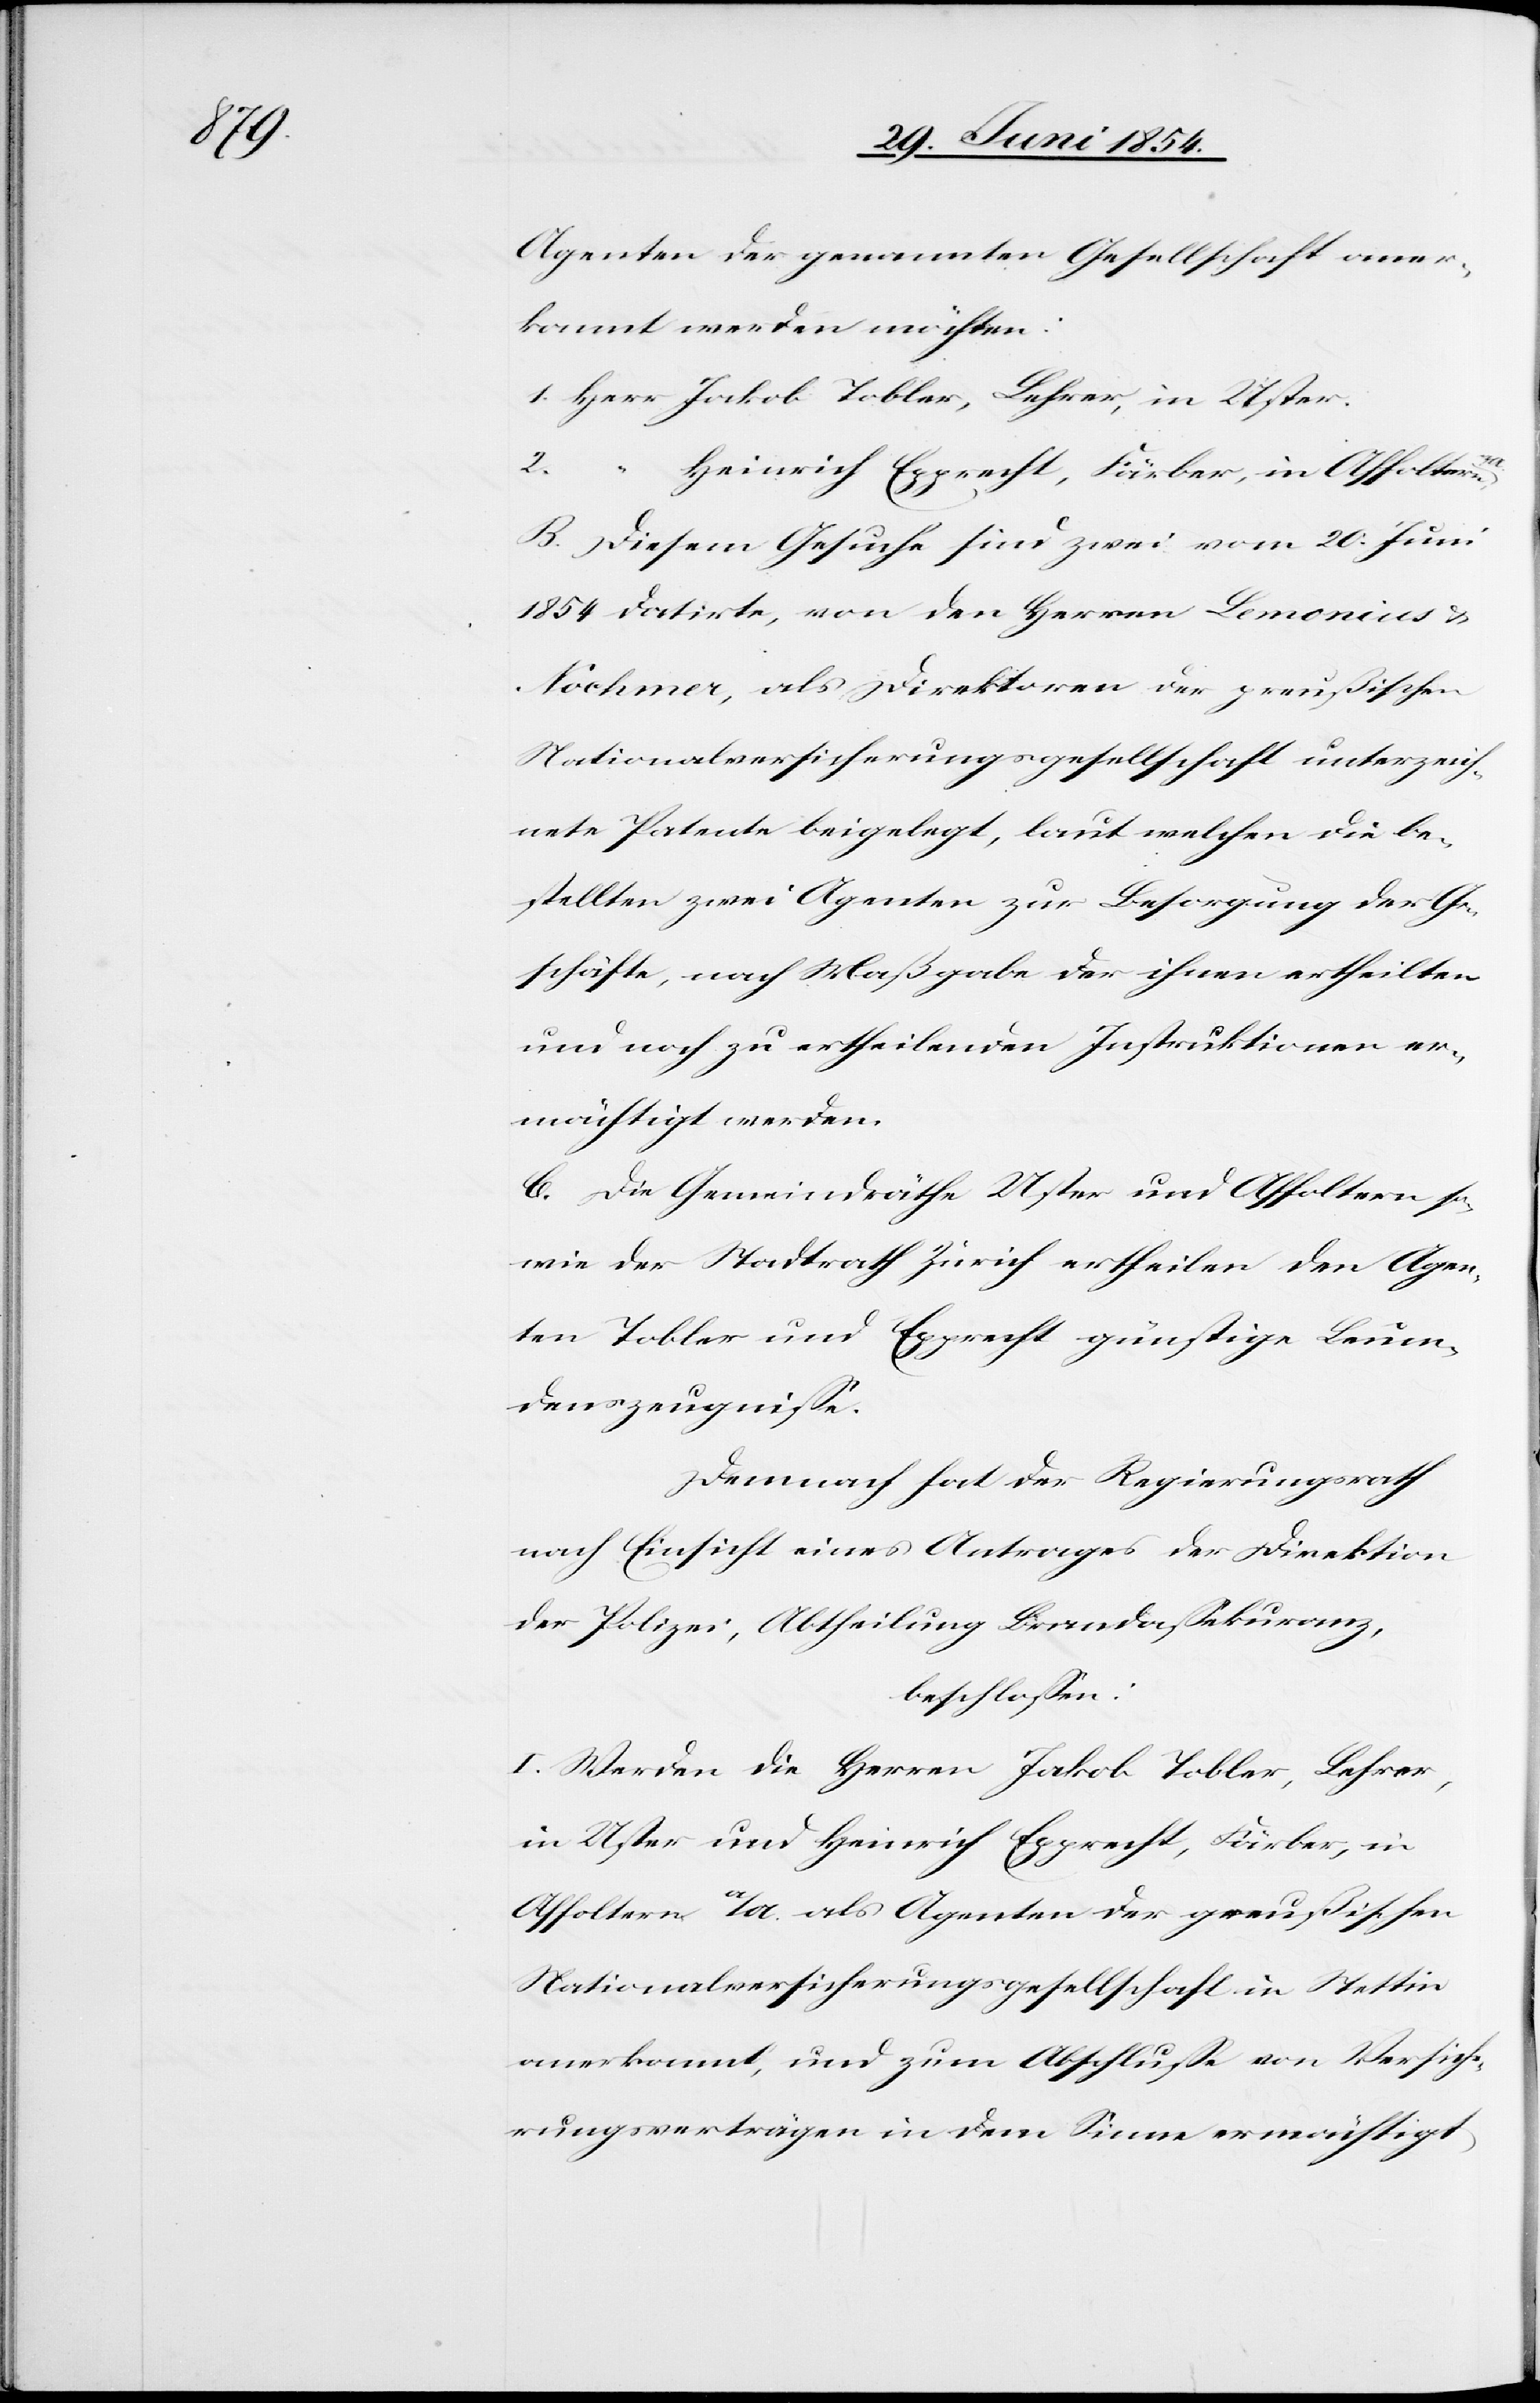
Agenten der genannten Gesellschaft aner¬
kannt werden möchten:
1. Herr Jakob Tobler, Lehrer, in Uster.
2.
„	H¬
einrich Epprecht, Färber in Affoltern
B. Diesem Gesuche sind zwei vom 20. Juni
1854 datirte, von den Herren Lemonius &
Nochmer, als Direktoren der preußischen
Nationalversicherungsgesellschaft unterzeich¬
nete Patente beigelegt, laut welchen die be¬
stellten zwei Agenten zur Besorgung der Ge¬
schäfte, nach Maßgabe der ihnen ertheilten
und noch zu ertheilenden Instruktionen er¬
mächtigt werden.
C. Die Gemeindrathe Uster und Affoltern so¬
wie der Stadtrath Zürich ertheilen den Agen¬
ten Tobler und Epprecht günstige Leum¬
denszeugniße.
Demnach hat der Regierungsrath
nach Einsicht eines Antrages der Direktion
der Polizei, Abtheilung Brandaßekuranz,
beschloßen:
I. Werden die Herren Jakob Tobler, Lehrer,
in Uster und Heinrich Epprecht, Färber, in
Affoltern a/A. als Agenten der preußischen
Nationalversicherungsgesellschaft in Stettin
anerkannt, und zum Abschluße von Versiche¬
rungsverträgen in dem Sinne ermächtigt,